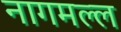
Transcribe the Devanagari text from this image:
नागमल्ल